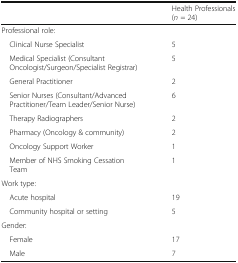
<table><thead><tr><td></td><td><b>Health Professionals (<i>n</i> = 24)</b></td></tr></thead><tbody><tr><td colspan="2">Professional role:</td></tr><tr><td> Clinical Nurse Specialist</td><td>5</td></tr><tr><td> Medical Specialist (Consultant Oncologist/Surgeon/Specialist Registrar)</td><td>5</td></tr><tr><td> General Practitioner</td><td>2</td></tr><tr><td> Senior Nurses (Consultant/Advanced Practitioner/Team Leader/Senior Nurse)</td><td>6</td></tr><tr><td> Therapy Radiographers</td><td>2</td></tr><tr><td> Pharmacy (Oncology &amp; community)</td><td>2</td></tr><tr><td> Oncology Support Worker</td><td>1</td></tr><tr><td> Member of NHS Smoking Cessation Team</td><td>1</td></tr><tr><td colspan="2">Work type:</td></tr><tr><td> Acute hospital</td><td>19</td></tr><tr><td> Community hospital or setting</td><td>5</td></tr><tr><td colspan="2">Gender:</td></tr><tr><td> Female</td><td>17</td></tr><tr><td> Male</td><td>7</td></tr></tbody></table>